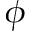
\phi